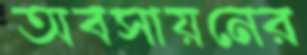
অবসায়নের